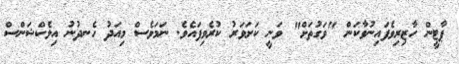
ޕާޓީން ހާޒިރިވެފައިނުވާކަން "ވަގުތަށް" ވަނީ ކަށަވަރު ކުރެވިފައެވެ. ނަމަވެސް މިއަދު ހެނދުނު އިލެކްޝަންސް